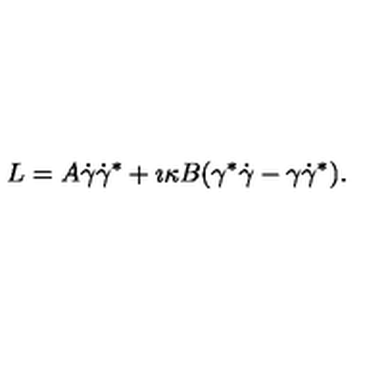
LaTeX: L = A \dot { \gamma } \dot { \gamma } ^ { * } + \imath \kappa B ( \gamma ^ { * } \dot { \gamma } - \gamma \dot { \gamma } ^ { * } ) .